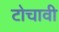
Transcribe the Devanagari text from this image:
टोचावी